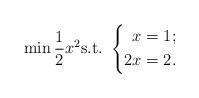
LaTeX: \begin{align*}\min\frac{1}{2}x^2\mbox{s.t.}\ \left\{ \begin{aligned}x & = 1;\\2x & = 2.\end{aligned}\right.\end{align*}